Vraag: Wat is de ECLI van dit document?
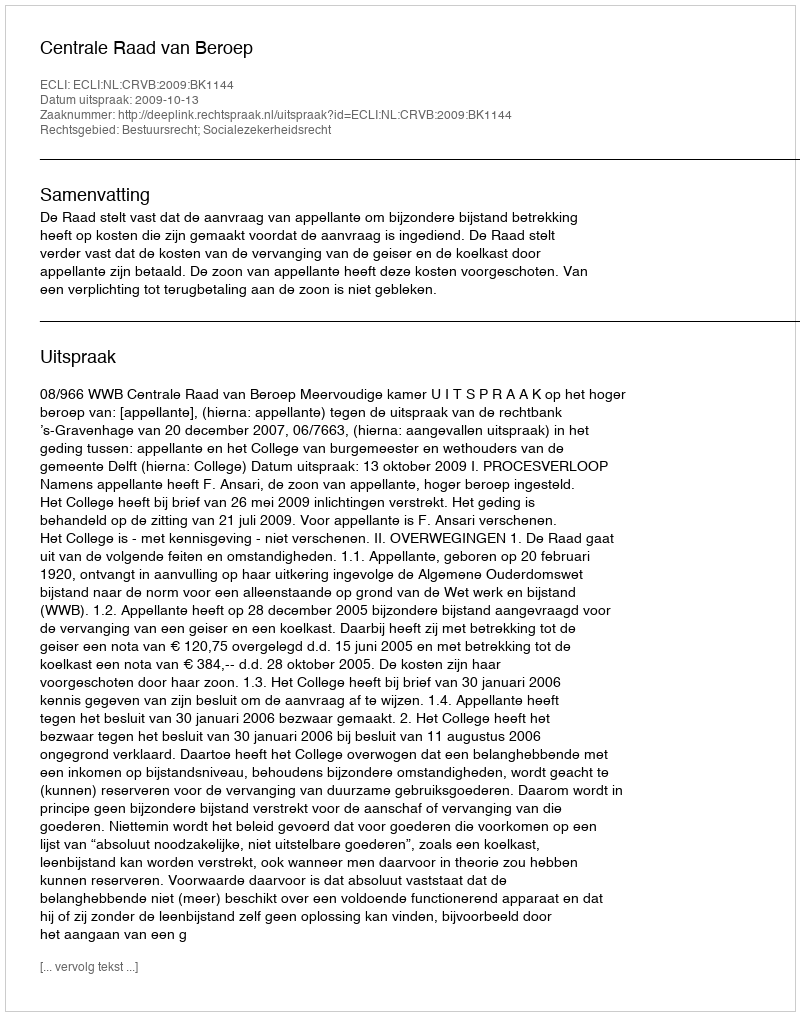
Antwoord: ECLI:NL:CRVB:2009:BK1144